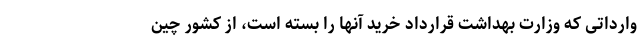
وارداتی که وزارت بهداشت قرارداد خرید آنها را بسته است، از کشور چین